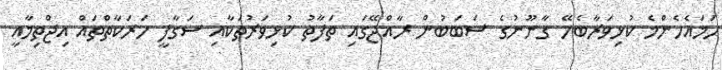
ހަމައެހެންމެ ކުޅިވަރާބެހޭ ގާނޫނުގެ ސަބަބުން ރާއްޖޭގައި ތަފާތު ކުޅިވަރުތަކާއި ސަގާފީ ހަރަކާތްތައް އިޖްތިމާއީ